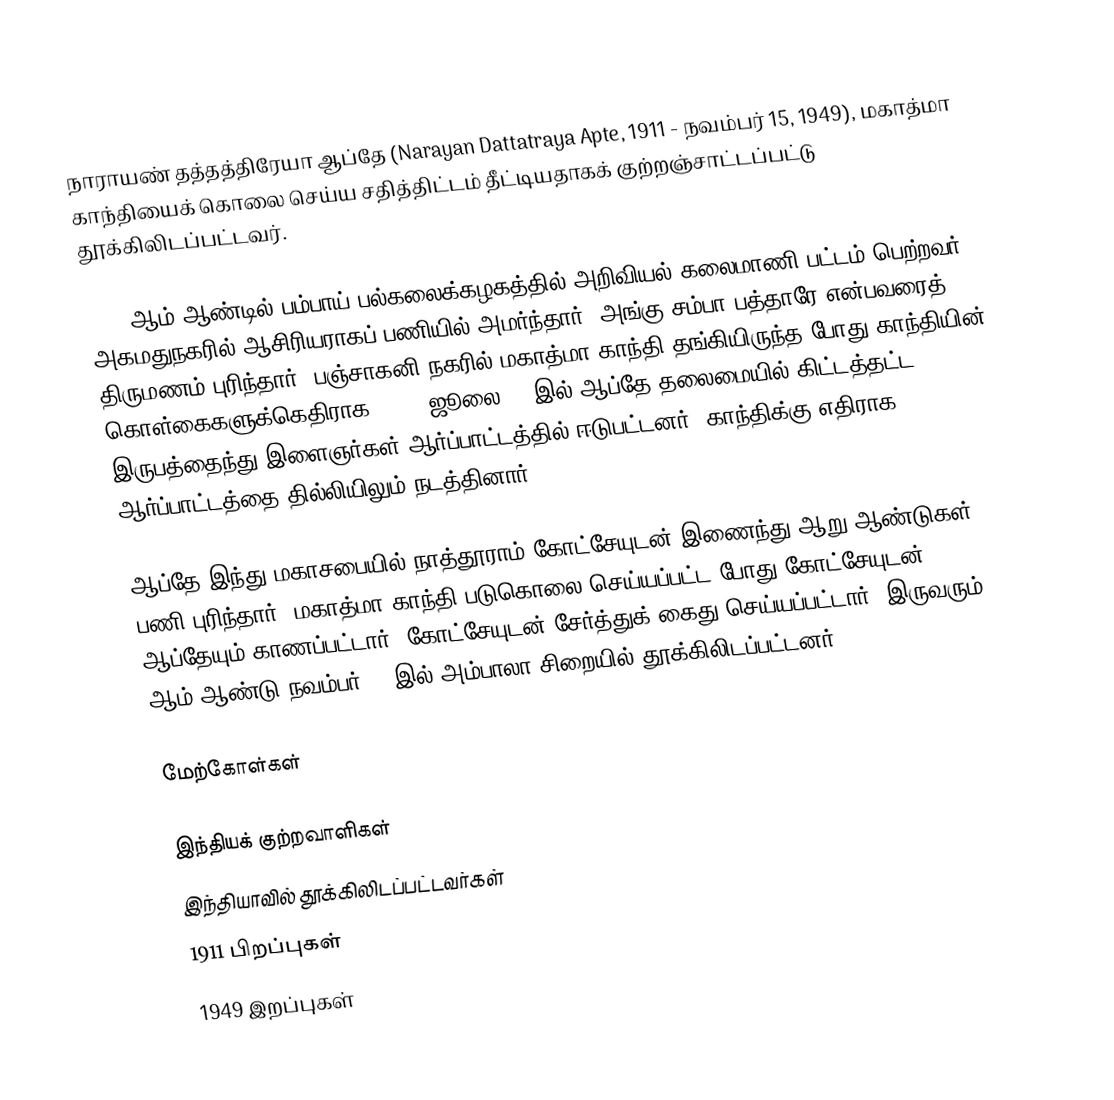
நாராயண் தத்தத்திரேயா ஆப்தே (Narayan Dattatraya Apte, 1911 - நவம்பர் 15, 1949), மகாத்மா காந்தியைக் கொலை செய்ய சதித்திட்டம் தீட்டியதாகக் குற்றஞ்சாட்டப்பட்டு தூக்கிலிடப்பட்டவர்.

1932 ஆம் ஆண்டில் பம்பாய் பல்கலைக்கழகத்தில்  அறிவியல் கலைமாணி பட்டம் பெற்றவர். அகமதுநகரில் ஆசிரியராகப் பணியில் அமர்ந்தார். அங்கு சம்பா பத்தாரே என்பவரைத் திருமணம் புரிந்தார். பஞ்சாகனி நகரில் மகாத்மா காந்தி தங்கியிருந்த போது காந்தியின் கொள்கைகளுக்கெதிராக 1944, ஜூலை 22 இல் ஆப்தே தலைமையில் கிட்டத்தட்ட இருபத்தைந்து இளைஞர்கள் ஆர்ப்பாட்டத்தில் ஈடுபட்டனர். காந்திக்கு எதிராக ஆர்ப்பாட்டத்தை தில்லியிலும் நடத்தினார்.

ஆப்தே இந்து மகாசபையில் நாத்தூராம் கோட்சேயுடன் இணைந்து ஆறு ஆண்டுகள் பணி புரிந்தார். மகாத்மா காந்தி படுகொலை செய்யப்பட்ட போது கோட்சேயுடன் ஆப்தேயும் காணப்பட்டார். கோட்சேயுடன் சேர்த்துக் கைது செய்யப்பட்டார். இருவரும் 1949 ஆம் ஆண்டு நவம்பர் 15 இல் அம்பாலா சிறையில் தூக்கிலிடப்பட்டனர்.

மேற்கோள்கள்

இந்தியக் குற்றவாளிகள்
இந்தியாவில் தூக்கிலிடப்பட்டவர்கள்
1911 பிறப்புகள்
1949 இறப்புகள்